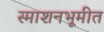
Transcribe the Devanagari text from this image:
स्माशनभूमीत